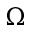
\Omega